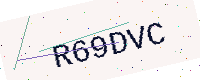
Text: R69DVC